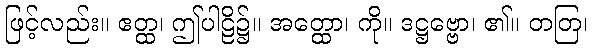
ဖြင့်လည်း။ ဧတ္ထ၊ ဤပါဠိ၌။ အတ္ထော၊ ကို။ ဒဋ္ဌဗ္ဗော၊ ၏။ တတြ၊